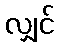
လျှင်